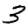
Digit: 3